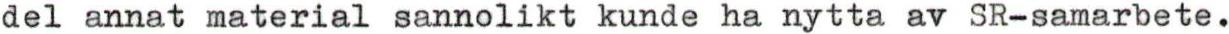
del annat material sannolikt kunde ha nytta av SR-samarbete.